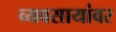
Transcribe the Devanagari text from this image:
व्यवसायांवर